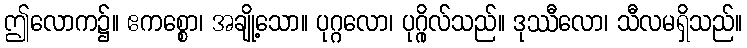
ဤလောက၌။ ဧကစ္စော၊ အချို့သော။ ပုဂ္ဂလော၊ ပုဂ္ဂိုလ်သည်။ ဒုဿီလော၊ သီလမရှိသည်။